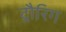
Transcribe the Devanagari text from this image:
ट्रौरिग